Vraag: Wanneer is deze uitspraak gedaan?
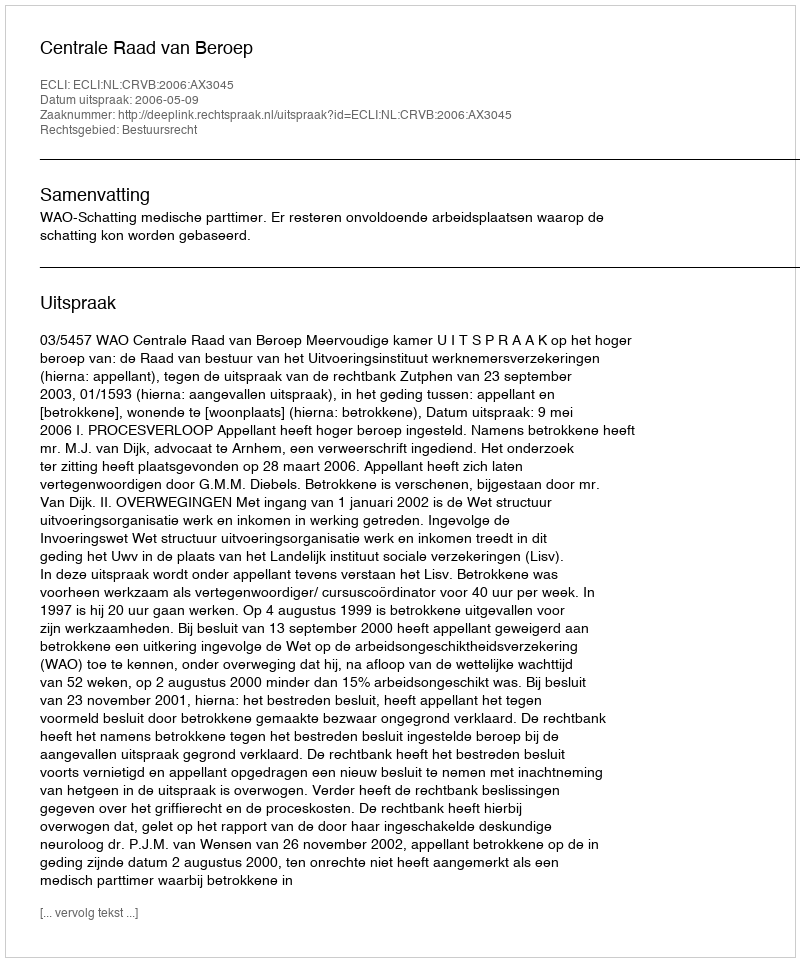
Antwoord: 2006-05-09